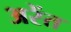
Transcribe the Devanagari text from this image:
अरेंत